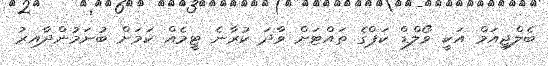
ބެލްޖިއަމް އަކީ ވޯލްޑް ކަޕްގެ ތައްޓަށް ވާދަ ކުރާނެ ޓީމެއް ކަމަށް ބުނަމުންދާއިރު